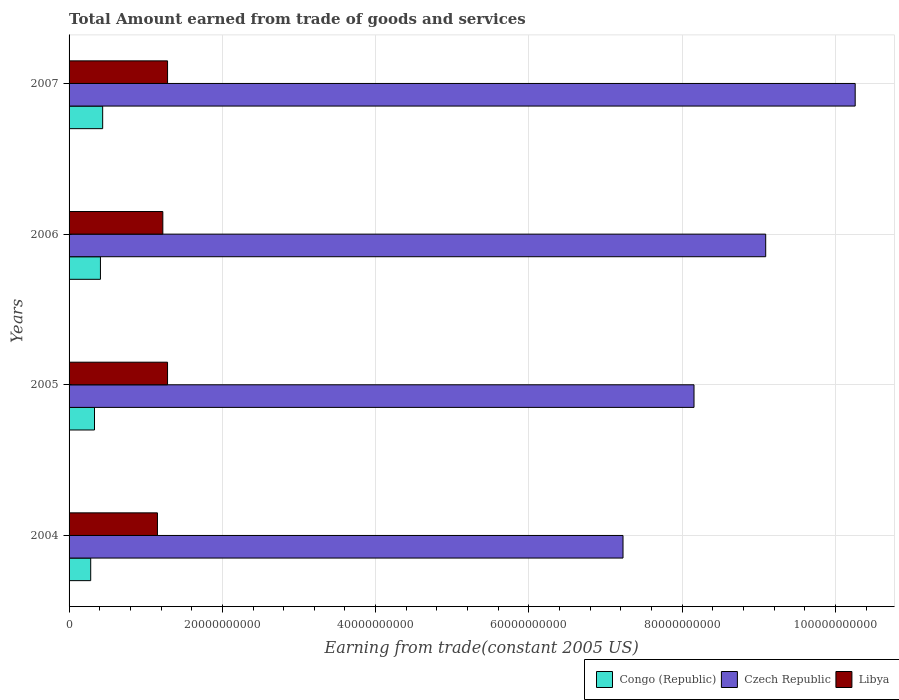
| Years | Congo (Republic) | Czech Republic | Libya |
 | --- | --- | --- | --- |
 | 2004 | 2.82e+09 | 7.23e+10 | 1.15e+10 |
 | 2005 | 3.32e+09 | 8.15e+10 | 1.28e+10 |
 | 2006 | 4.09e+09 | 9.09e+10 | 1.22e+10 |
 | 2007 | 4.39e+09 | 1.03e+11 | 1.29e+10 |